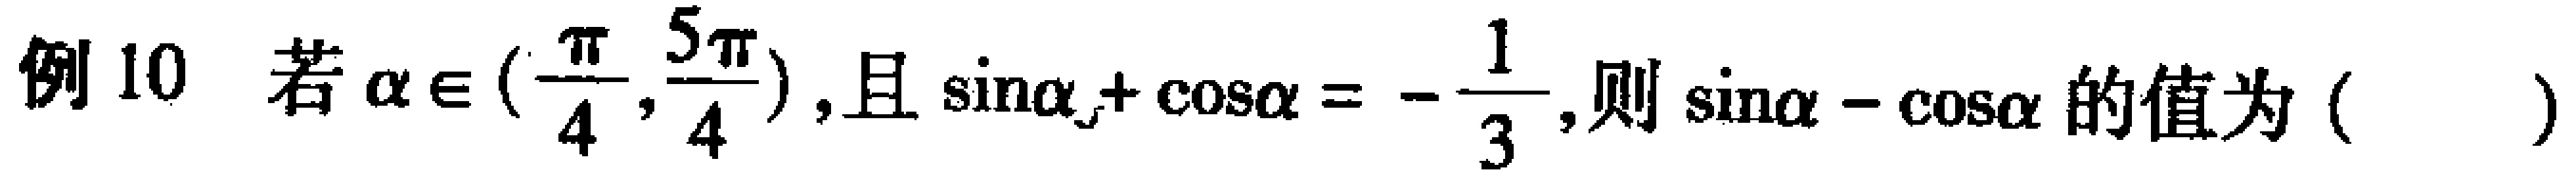
例 10 若$\alpha \in (\frac{\pi}{4},\frac{5\pi}{4})$，且$\sin\alpha + \cos\alpha = -\frac{1}{3}$，则$\sin\alpha - \cos\alpha$的值为（  ）